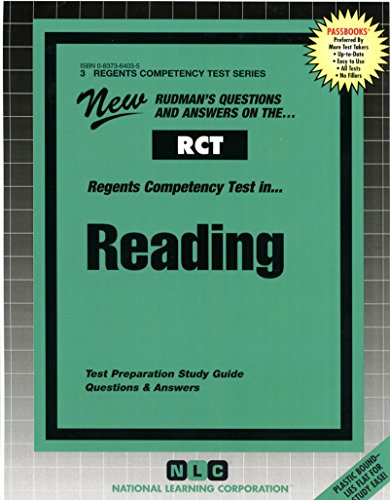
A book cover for READING (Regents Competency Test Series) (Passbooks) (REGENTS COMPETENCY TEST SERIES (RCT)); Jack Rudman; Test Preparation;